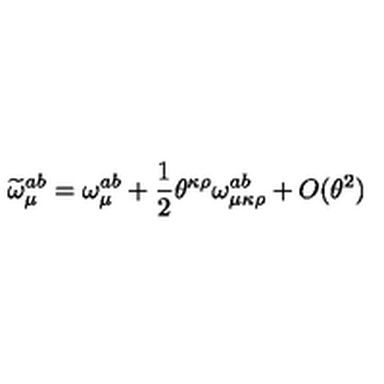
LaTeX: \widetilde { \omega } _ { \mu } ^ { a b } = \omega _ { \mu } ^ { a b } + \frac { 1 } { 2 } \theta ^ { \kappa \rho } \omega _ { \mu \kappa \rho } ^ { a b } + O ( \theta ^ { 2 } )